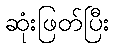
ဆုံးဖြတ်ပြီး